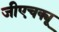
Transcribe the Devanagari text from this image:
जीएचक्यू